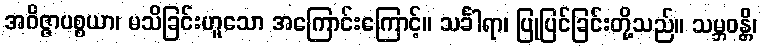
အဝိဇ္ဇာပစ္စယာ၊ မသိခြင်းဟူသော အကြောင်းကြောင့်။ သင်္ခါရာ၊ ပြုပြင်ခြင်းတို့သည်။ သမ္ဘဝန္တိ၊